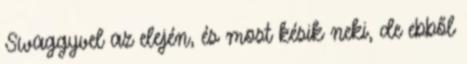
Swaggyvel az elején, és most késik neki, de ebből